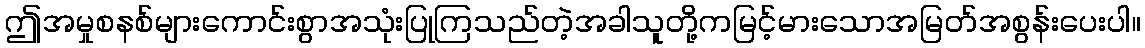
ဤအမှုစနစ်များကောင်းစွာအသုံးပြုကြသည်တဲ့အခါသူတို့ကမြင့်မားသောအမြတ်အစွန်းပေးပါ။